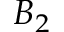
B _ { 2 }